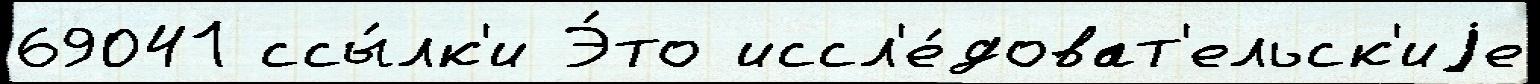
69041 ссы́лк'и Э́то иссл'е́доват'ельск'иjе